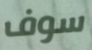
سوف